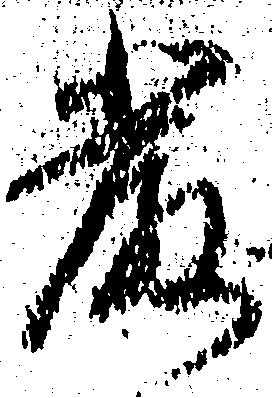
厳